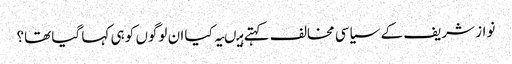
نواز شریف کے سیاسی مخالف کہتے ہیںیہ کیا ان لوگوں کو ہی کہا گیا تھا؟